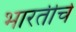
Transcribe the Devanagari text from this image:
भारतीचे